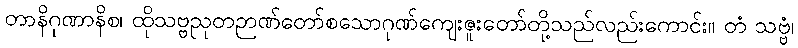
တာနိဂုဏာနိစ၊ ထိုသဗ္ဗညုတဉာဏ်တော်စသောဂုဏ်ကျေးဇူးတော်တို့သည်လည်းကောင်း။ တံ သဗ္ဗံ၊